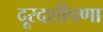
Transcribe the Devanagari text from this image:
दूरदर्शीपणा